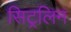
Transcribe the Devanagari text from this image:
सिट्रलिन